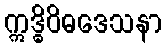
ဣဒ္ဓိဝိဓဒေသနာ